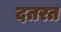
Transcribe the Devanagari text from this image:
दतरत